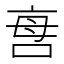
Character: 𠲯